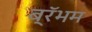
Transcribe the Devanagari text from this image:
ब्रॅभम